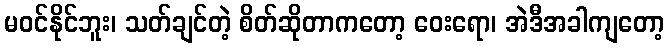
မဝင်နိုင်ဘူး၊ သတ်ချင်တဲ့ စိတ်ဆိုတာကတော့ ဝေးရော၊ အဲဒီအခါကျတော့